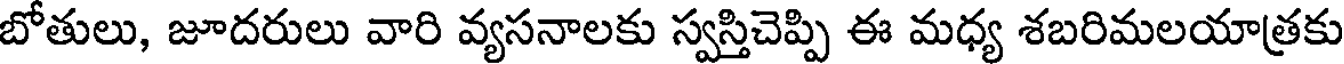
బోతులు, జూదరులు వారి వ్యసనాలకు స్వస్తిచెప్పి ఈ మధ్య శబరిమలయాత్రకు